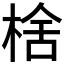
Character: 𬃉